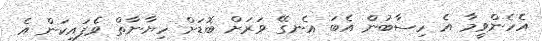
އެހެންވީމާ އެ ހިސާބުން އެބަ އެނގޭ ވަރަށް ބޮޑަށް ހިޔާނާތް ވެފައިކަން އެ